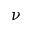
\nu